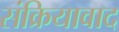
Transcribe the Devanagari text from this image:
संक्रियावाद